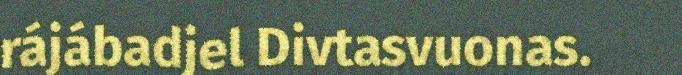
rájábadjel Divtasvuonas.